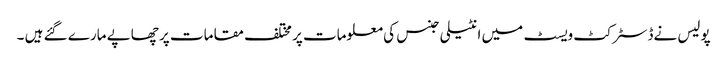
پولیس نےڈسٹرکٹ ویسٹ میں انٹیلی جنس کی معلومات پر مختلف مقامات پر چھاپے مارے گئے ہیں ۔